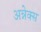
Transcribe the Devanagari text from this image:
अन्नेक्स